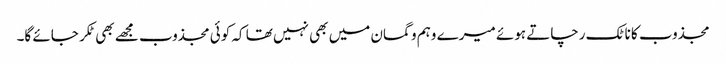
مجذوب کا ناٹک رچاتے ہوئے میرے وہم و گمان میں بھی نہیں تھا کہ کوئی مجذوب مجھے بھی ٹکر جائے گا۔